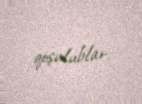
qoşulublar.